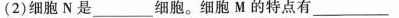
(2)细胞N是______细胞。细胞M的特点有_____